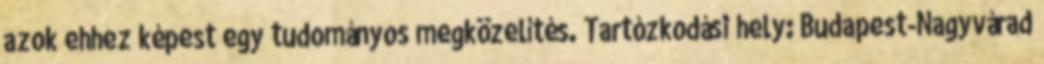
azok ehhez képest egy tudományos megközelítés. Tartózkodási hely: Budapest-Nagyvárad